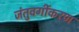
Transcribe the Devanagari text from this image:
जंतुवर्गीकरण